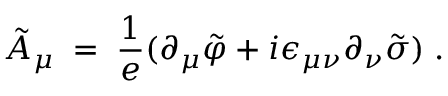
{ \tilde { A } } _ { \mu } \; = \; \frac { 1 } { e } ( \partial _ { \mu } { \tilde { \varphi } } + i \epsilon _ { \mu \nu } \partial _ { \nu } { \tilde { \sigma } } ) \; .